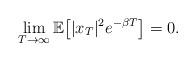
LaTeX: \begin{align*}\lim_{T\rightarrow\infty}\mathbb{E}\big[|x_T|^2e^{-\beta T}\big]=0.\end{align*}